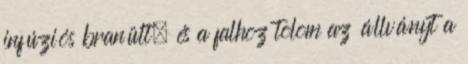
infúziós branült, és a falhoz tolom az állványt a